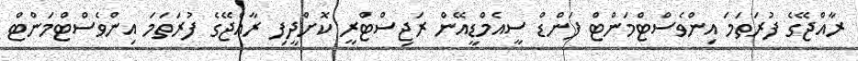
ރާއްޖޭގެ ފުރަތަމަ އިންވެސްޓްމަންޓް ފަންޑް ސީއެމްޑީއޭން ރަޖިސްޓްރީ ކޮށްދީފި ރާއްޖޭގެ ފުރަތަމަ އިންވެސްޓްމަންޓް